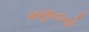
ગણનનો